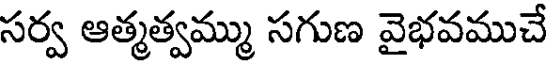
సర్వ ఆత్మత్వమ్ము సగుణ వైభవముచే